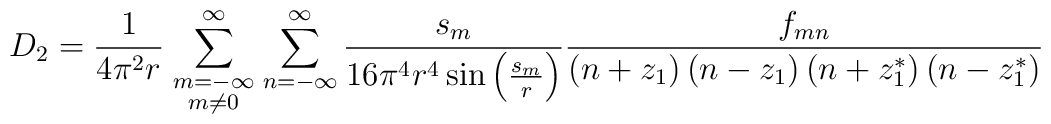
D_2 = {1\over4\pi^2 r}\sum_{\scriptstyle m=-\infty\atop\scriptstyle m\ne0}^\infty\sum_{n=-\infty}^\infty {s_m\over16\pi^4 r^4 \sin\left(s_m\over r\right)}{f_{mn}\over\left(n+z_1\right)\left(n-z_1\right)\left(n+ z_1^*\right)\left(n-z_1^*\right)}